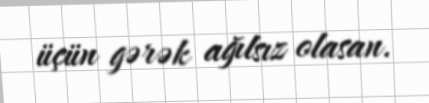
üçün gərək ağılsız olasan.